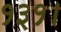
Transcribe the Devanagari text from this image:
१३१।